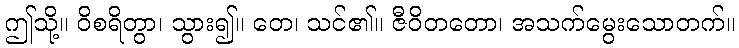
ဤသို့။ ဝိစရိတွာ၊ သွား၍။ တေ၊ သင်၏။ ဇီဝိတတော၊ အသက်မွေးသောတက်။